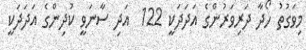
މިވަގުތު ހޯދާ ދަރިވަރުންގެ އަދަދަކީ 122  އަދި ސާނަވީ ކުދިންގެ އަދަދަކީ